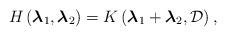
LaTeX: \begin{align*}H\left( \boldsymbol{\lambda }_{1} ,\boldsymbol{\lambda}_{2}\right)=K\left( \boldsymbol{\lambda } _{1}+\boldsymbol{\lambda} _{2},\mathcal{D} \right), \end{align*}